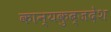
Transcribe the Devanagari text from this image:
कान्यकुब्जदेश